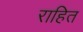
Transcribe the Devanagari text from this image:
राहित